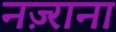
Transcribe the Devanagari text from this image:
नज़्राना